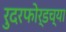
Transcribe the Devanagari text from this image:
रुदरफोर्डच्या